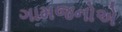
ગામજનોએ